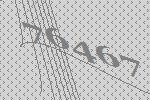
76467